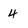
Character: 4